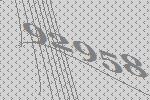
92958